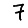
Digit: 7